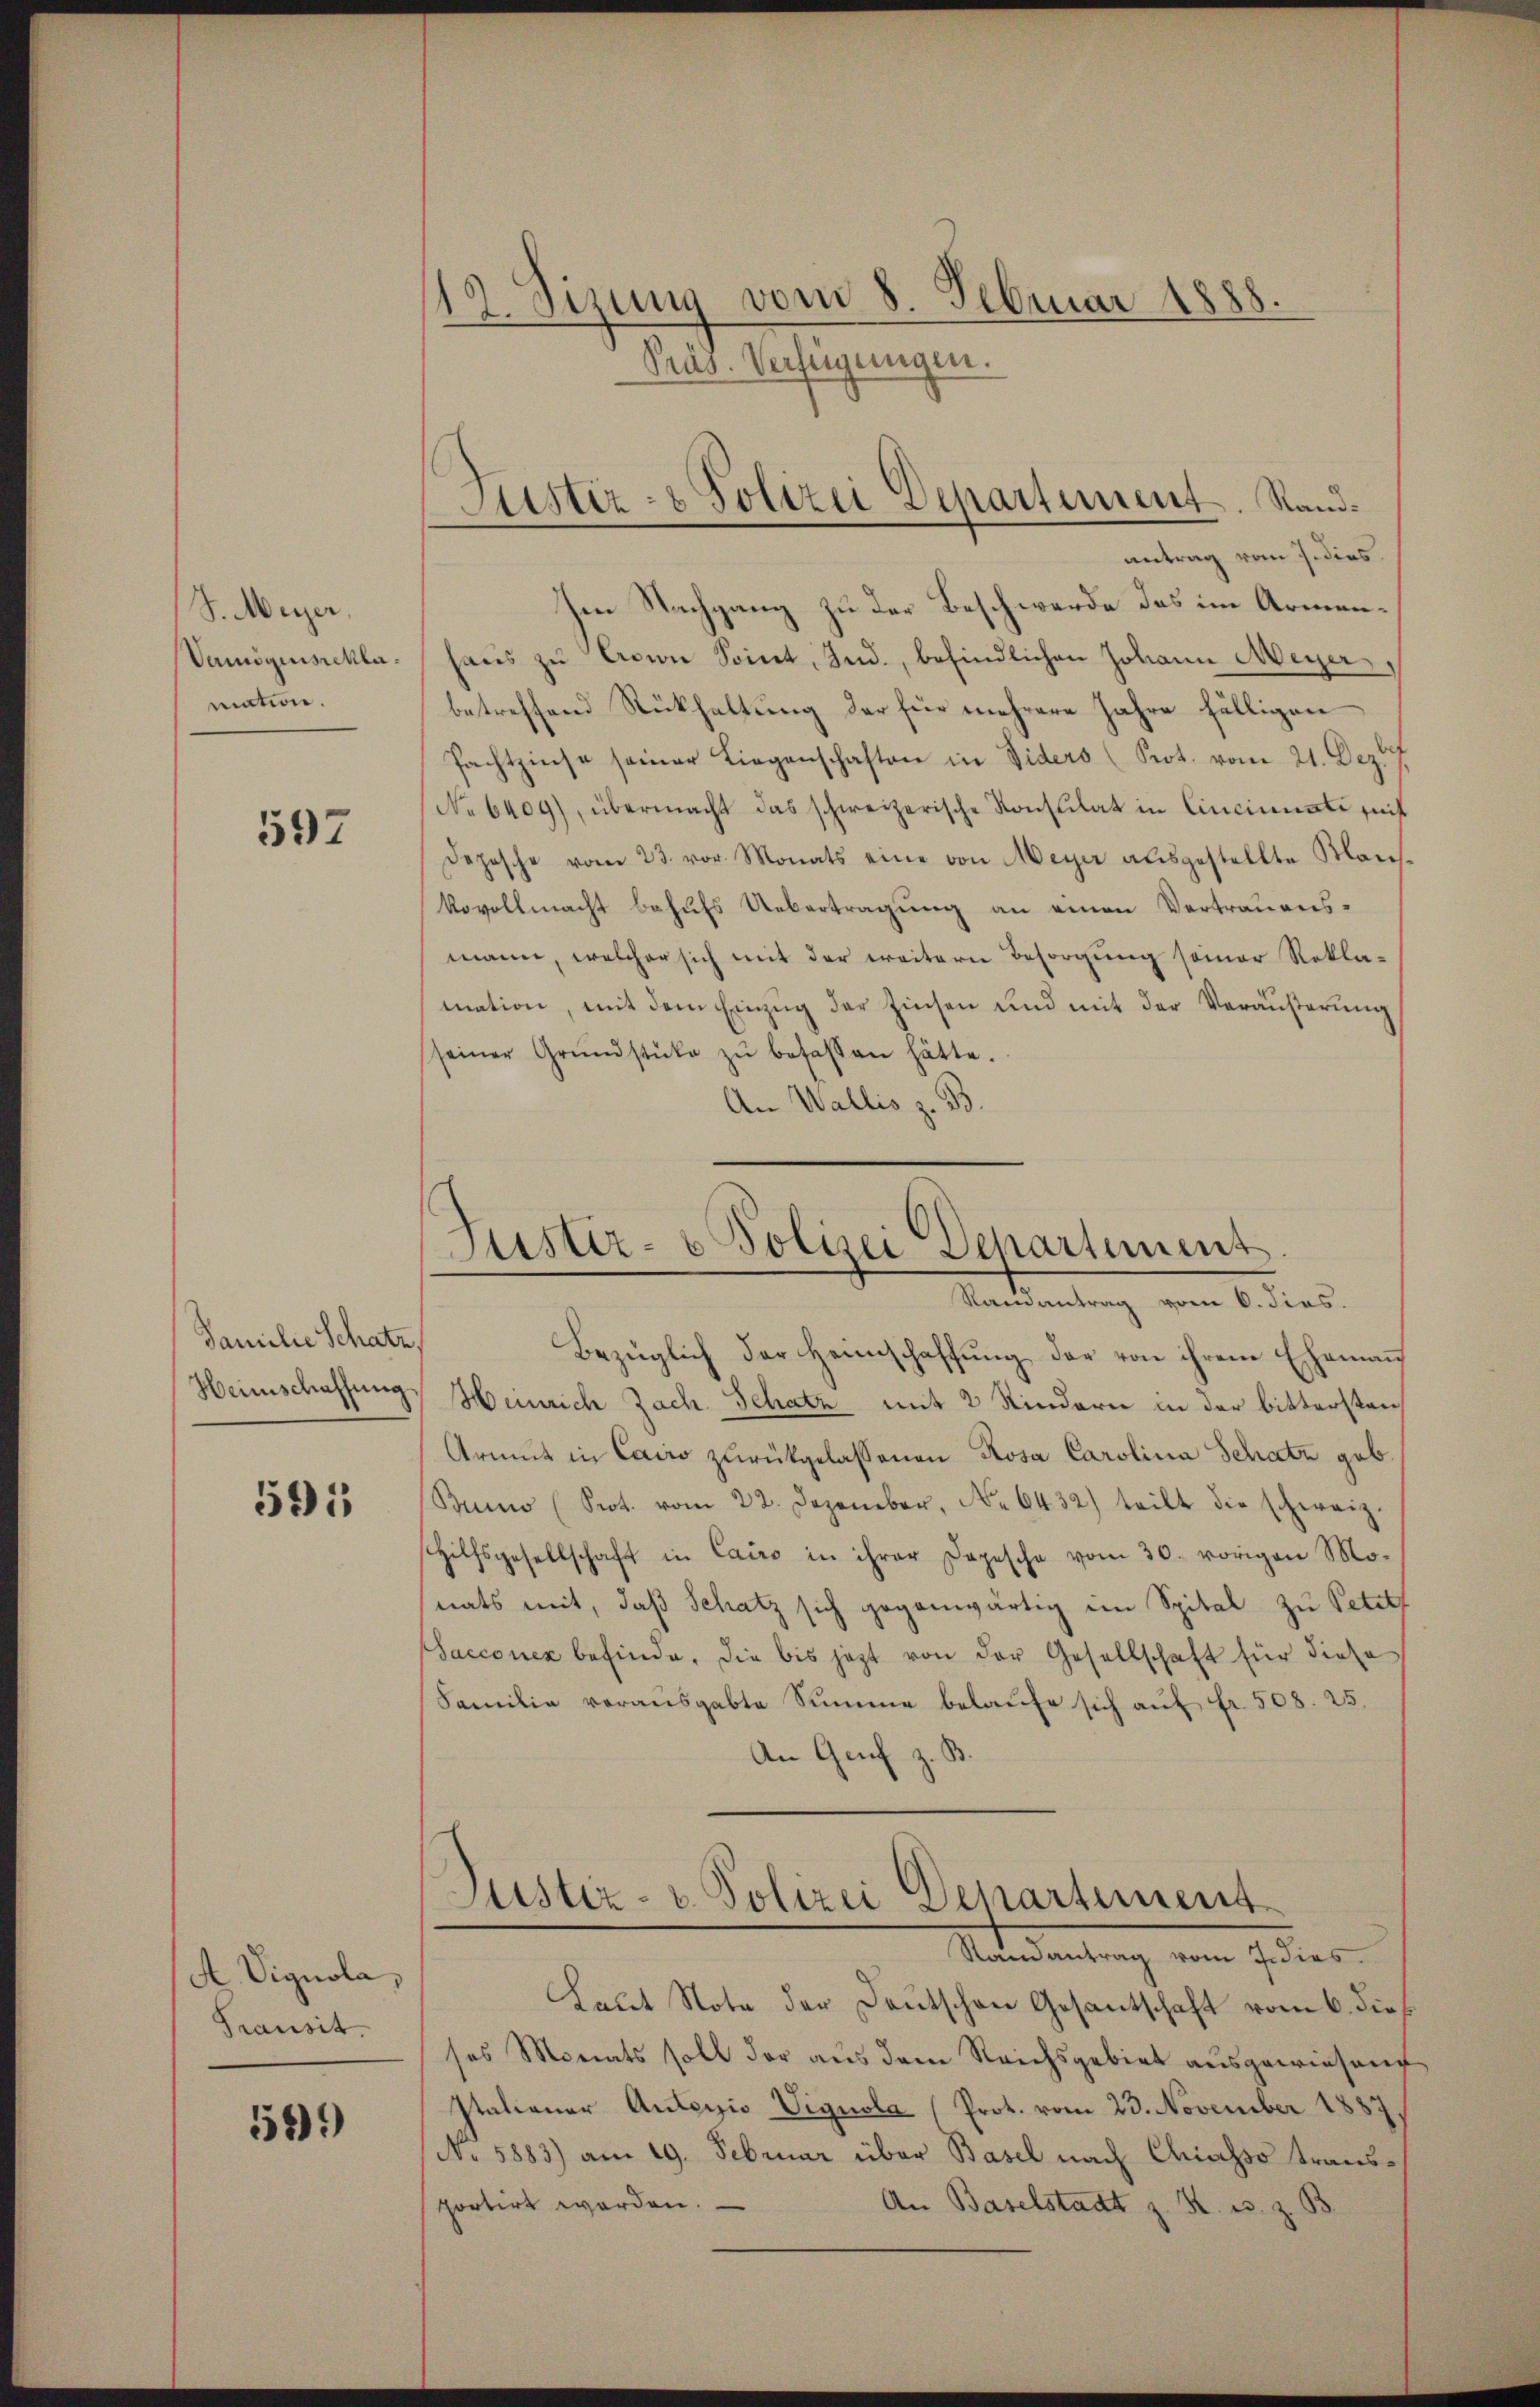
S. Meyer,
Vamögenschlamation.

597

Familie Schatz,
Heimschaffung

595

A. Vignola,
Transit.

559)

12. Sizung vom 8. Februar 1888.
Pras. Verfügungen.

Justiz- & Polizei Departement. Sandantrag vom 7. dies

Suster- u Polizei Departement
Ramantrag vom 6. Fies.

Im Nachgang zu der Beschwerde das im Armenhaŭs zŭ Ain Sonnt, Ind., befindlichen Johann Meyer
betreffend Rückhaltung der für mehrere Jahre fälligen
Pachtzinse seiner Liegenschaften in Viders (Prot. vom 21. Dez. f.
No 6409), übermacht das schweizerische Konsulat in Cincinati seit
Depesche vom 23. vor. Monats eine von Meyer aŭsgestellte Klaich-
Vovollmacht behufs Uebertragung an einen Vertrauens-
mann, welcher sich mit der weitern Besorgung seiner Rekla-
mation, mit dem Einzŭg der Zinsen und mit der Veräŭβerŭng
seiner Grŭndstücke zŭ besassen hätte.
An Wallis z. B.

Bezüglich der Heimschaffung der von ihrem Ehemann
Heinrich Zach. Schatz mit 2 Kindern in der bittersten
Armut in Cairo zurückgelassenen Rosa Carolina Schatz geb.
Suno (Prot. vom 22. Dezember, No 6432) teilt die schweiz.
Hilfsgesellschaft in Cairo in ihrer Dopesche vom 30. vorigen Mo-
nats mit, daß Schatz sich gegenwärtig im Spital zu Petitt
Sacconer befinde. Die bis jezt von der Gesellschaft für diese
Familie vorausgabte Summe belaufe sich auf fr. 508. 25.
An Genf z. B.
Justiz- u. Polizei Departement
Randantrag vom J. dies
Laut Note der Deutschen Gesantschaft vom 6. dies
ses Monats soll der aus dem Reichsgebiet ausgewiesen
Italianer Autorio Vignola (Prot. vom 23. November 1887
No 5883) am 19. Februar über Basel nach Chiasso transportirt werden.
An Baselstadt z. R. u. z. B.